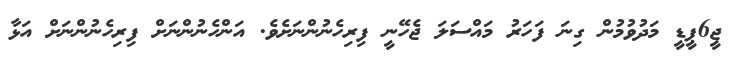
ޖީ6ޕީޑީ މަދުވުމުން ގިނަ ފަހަރު މައްސަލަ ޖެހޭނީ ފިރިހެނުންނަށެވެ. އަންހެނުންނަށް ފިރިހެނުންނަށް އަޅާ